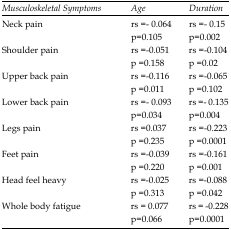
<table><thead><tr><td><b><i>Musculoskeletal Symptoms</i></b></td><td><b><i>Age </i></b></td><td><b><i>Duration</i></b></td></tr></thead><tbody><tr><td>Neck pain </td><td>rs =- 0.064p=0.105</td><td>rs =- 0.15p=0.002</td></tr><tr><td>Shoulder pain </td><td>rs =-0.051p =0.158</td><td>rs =-0.104p =0.02</td></tr><tr><td>Upper back pain </td><td>rs =-0.116p =0.011</td><td>rs =-0.065p =0.102</td></tr><tr><td>Lower back pain </td><td>rs =- 0.093p=0.034</td><td>rs =- 0.135p=0.004</td></tr><tr><td>Legs pain </td><td>rs =0.037p =0.235</td><td>rs =-0.223p =0.0001</td></tr><tr><td>Feet pain </td><td>rs =-0.039p =0.220</td><td>rs =-0.161p =0.001</td></tr><tr><td>Head feel heavy</td><td>rs =-0.025p =0.313</td><td>rs =-0.088p =0.042</td></tr><tr><td>Whole body fatigue </td><td>rs = 0.077p=0.066</td><td>rs = -0.228p=0.0001</td></tr></tbody></table>